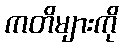
ကတိများကို